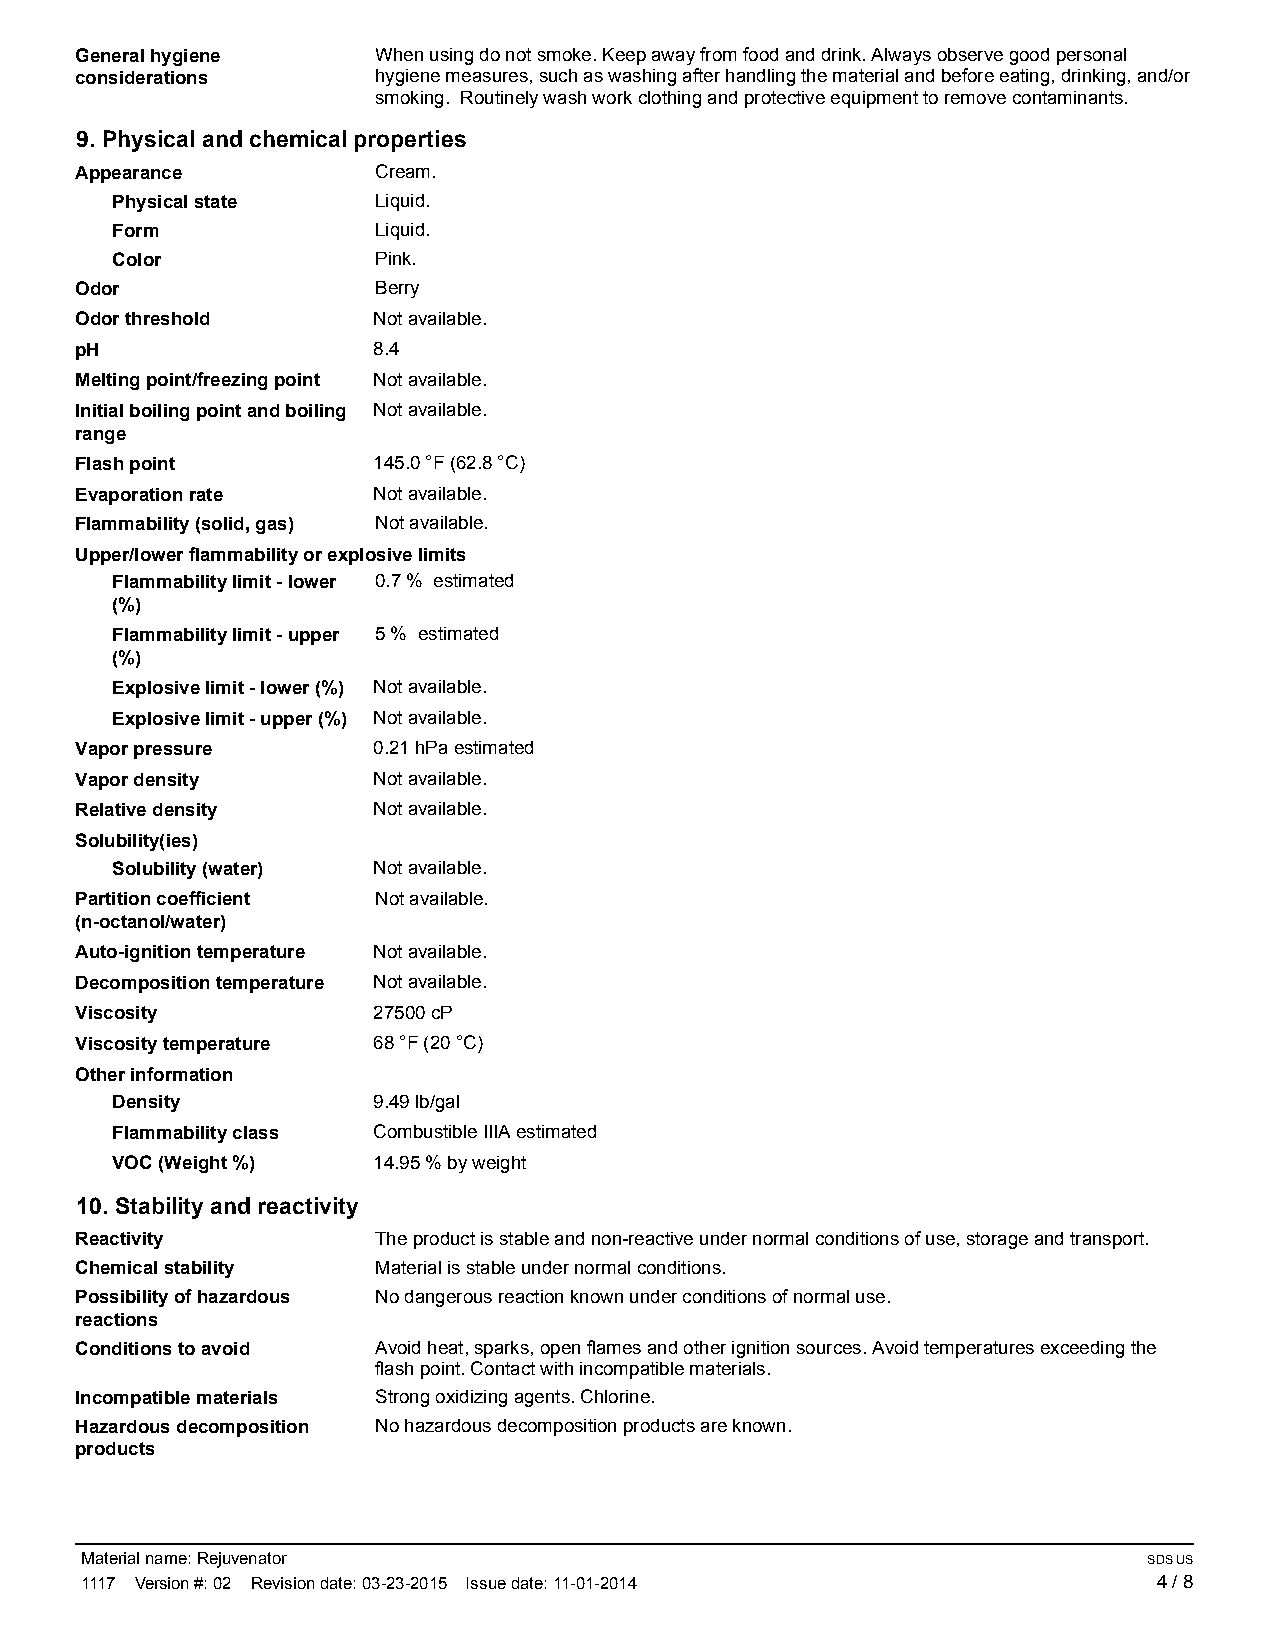
General hygiene     When using do not smoke. Keep away from food and drink. Always observe good personal
 considerations      hygiene measures, such as washing after handling the material and before eating, drinking, and/or
 smoking. Routinely wash work clothing and protective equipment to remove contaminants.
 9. Physical and chemical properties
 Appearance          Cream.
 Physical state    Liquid.
 Form              Liquid.
 Color             Pink.
 Odor                Berry
 Odor threshold      Not available.
 pH                  8.4
 Melting point/freezing point Not available.
 Initial boiling point and boiling Not available.
 range
 Flash point         145.0 °F (62.8 °C)
 Evaporation rate    Not available.
 Flammability (solid, gas) Not available.
 Upper/lower flammability or explosive limits
 Flammability limit - lower 0.7 % estimated
 (%)
 Flammability limit - upper 5 % estimated
 (%)
 Explosive limit - lower (%) Not available.
 Explosive limit - upper (%) Not available.
 Vapor pressure      0.21 hPa estimated
 Vapor density       Not available.
 Relative density    Not available.
 Solubility(ies)
 Solubility (water) Not available.
 Partition coefficient Not available.
 (n-octanol/water)
 Auto-ignition temperature Not available.
 Decomposition temperature Not available.
 Viscosity           27500 cP
 Viscosity temperature 68 °F (20 °C)
 Other information
 Density           9.49 lb/gal
 Flammability class Combustible IIIA estimated
 VOC (Weight %)    14.95 % by weight
 10. Stability and reactivity
 Reactivity          The product is stable and non-reactive under normal conditions of use, storage and transport.
 Chemical stability  Material is stable under normal conditions.
 Possibility of hazardous No dangerous reaction known under conditions of normal use.
 reactions
 Conditions to avoid Avoid heat, sparks, open flames and other ignition sources. Avoid temperatures exceeding the
 flash point. Contact with incompatible materials.
 Incompatible materials Strong oxidizing agents. Chlorine.
 Hazardous decomposition No hazardous decomposition products are known.
 products
 Material name: Rejuvenator                                             SDS US
 1117 Version #: 02 Revision date: 03-23-2015 Issue date: 11-01-2014     4 / 8